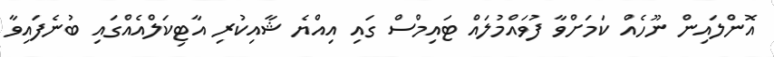
އޮންލައިން ނޫހެއް ކަމަށްވާ ފުވައްމުލައް ޓައިމްސް ގައި އިއްޔެ ޝާއިކުރި އާޓިކަލްއެއްގައި ބުނެފައިވާ